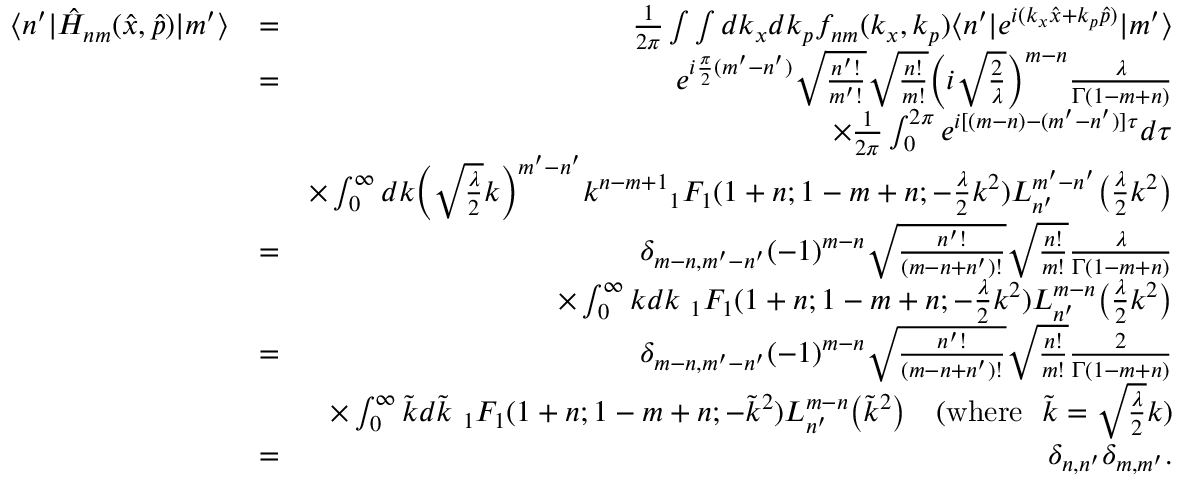
\begin{array} { r l r } { \langle n ^ { \prime } | \hat { H } _ { n m } ( \hat { x } , \hat { p } ) | m ^ { \prime } \rangle } & { = } & { \frac { 1 } { 2 \pi } \int \int d k _ { x } d k _ { p } f _ { n m } ( k _ { x } , k _ { p } ) \langle n ^ { \prime } | e ^ { i ( k _ { x } \hat { x } + k _ { p } \hat { p } ) } | m ^ { \prime } \rangle } \\ & { = } & { e ^ { i \frac { \pi } { 2 } ( m ^ { \prime } - n ^ { \prime } ) } \sqrt { \frac { n ^ { \prime } ! } { m ^ { \prime } ! } } \sqrt { \frac { n ! } { m ! } } \Big ( i \sqrt { \frac { 2 } { \lambda } } \Big ) ^ { m - n } \frac { \lambda } { \Gamma ( 1 - m + n ) } } \\ & { } & { \times \frac { 1 } { 2 \pi } \int _ { 0 } ^ { 2 \pi } e ^ { i [ ( m - n ) - ( m ^ { \prime } - n ^ { \prime } ) ] \tau } d \tau } \\ & { } & { \times \int _ { 0 } ^ { \infty } d k \Big ( \sqrt { \frac { \lambda } { 2 } } k \Big ) ^ { m ^ { \prime } - n ^ { \prime } } k ^ { n - m + 1 } { _ 1 F _ { 1 } } ( 1 + n ; 1 - m + n ; - \frac { \lambda } { 2 } k ^ { 2 } ) L _ { n ^ { \prime } } ^ { m ^ { \prime } - n ^ { \prime } } \big ( \frac { \lambda } { 2 } k ^ { 2 } \big ) } \\ & { = } & { \delta _ { m - n , m ^ { \prime } - n ^ { \prime } } ( - 1 ) ^ { m - n } \sqrt { \frac { n ^ { \prime } ! } { ( m - n + n ^ { \prime } ) ! } } \sqrt { \frac { n ! } { m ! } } \frac { \lambda } { \Gamma ( 1 - m + n ) } } \\ & { } & { \times \int _ { 0 } ^ { \infty } k d k \ { _ 1 F _ { 1 } } ( 1 + n ; 1 - m + n ; - \frac { \lambda } { 2 } k ^ { 2 } ) L _ { n ^ { \prime } } ^ { m - n } \big ( \frac { \lambda } { 2 } k ^ { 2 } \big ) } \\ & { = } & { \delta _ { m - n , m ^ { \prime } - n ^ { \prime } } ( - 1 ) ^ { m - n } \sqrt { \frac { n ^ { \prime } ! } { ( m - n + n ^ { \prime } ) ! } } \sqrt { \frac { n ! } { m ! } } \frac { 2 } { \Gamma ( 1 - m + n ) } } \\ & { } & { \times \int _ { 0 } ^ { \infty } \Tilde { k } d \Tilde { k } \ { _ 1 F _ { 1 } } ( 1 + n ; 1 - m + n ; - \Tilde { k } ^ { 2 } ) L _ { n ^ { \prime } } ^ { m - n } \big ( \Tilde { k } ^ { 2 } \big ) \ \ \ ( \mathrm { w h e r e } \ \ \Tilde { k } = \sqrt { \frac { \lambda } { 2 } } k ) } \\ & { = } & { \delta _ { n , n ^ { \prime } } \delta _ { m , m ^ { \prime } } . } \end{array}